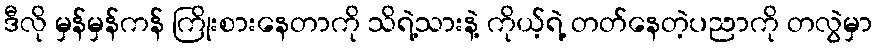
ဒီလို မှန်မှန်ကန် ကြိုးစားနေတာကို သိရဲ့သားနဲ့ ကိုယ့်ရဲ့ တတ်နေတဲ့ပညာကို တလွဲမှာ